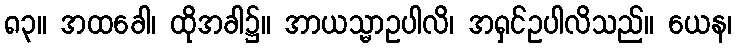
၈၃။ အထခေါ၊ ထိုအခါ၌။ အာယသ္မာဥပါလိ၊ အရှင်ဥပါလိသည်။ ယေန၊